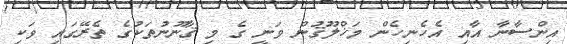
އިންސާނާ އާއި އެހެނިހެން މަޚްލޫޤުން ވަނީ ގެ މި ޤާނޫނުތަކުގެ ތެރޭގައި ވަކި